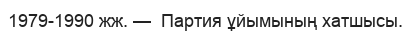
1979-1990 жж. —  Партия ұйымының хатшысы.